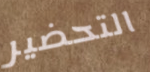
التحضير